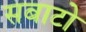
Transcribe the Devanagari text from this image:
सबाटो